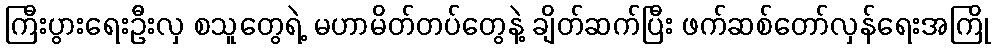
ကြီးပွားရေးဦးလှ စသူတွေရဲ့ မဟာမိတ်တပ်တွေနဲ့ ချိတ်ဆက်ပြီး ဖက်ဆစ်တော်လှန်ရေးအကြို